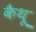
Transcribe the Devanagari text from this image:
कैथू